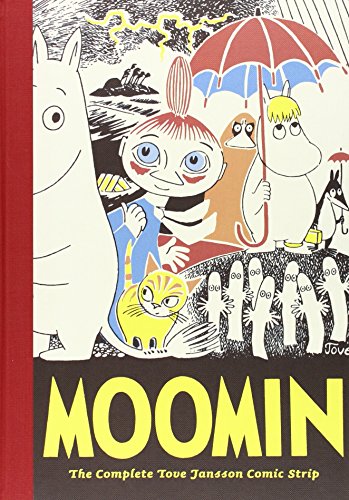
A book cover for Moomin: The Complete Tove Jansson Comic Strip - Book One; Tove Jansson; Comics & Graphic Novels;